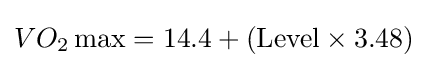
VO_{2}\max =14.4+({\text{Level}}\times 3.48)